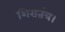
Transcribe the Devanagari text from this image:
शिरातंत्र।